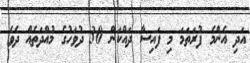
އަދި އެންމެ ފުރަތަމަ މި ފައިސާ ދައްކަން 30 ދުވަހުގެ މުއްދަތެއް ދެވެ